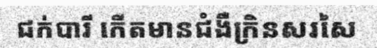
ជក់បារី កើតមានជំងឺក្រិនសរសៃ